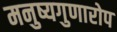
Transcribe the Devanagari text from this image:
मनुष्यगुणारोप